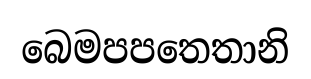
බෙමපපතෙතානි